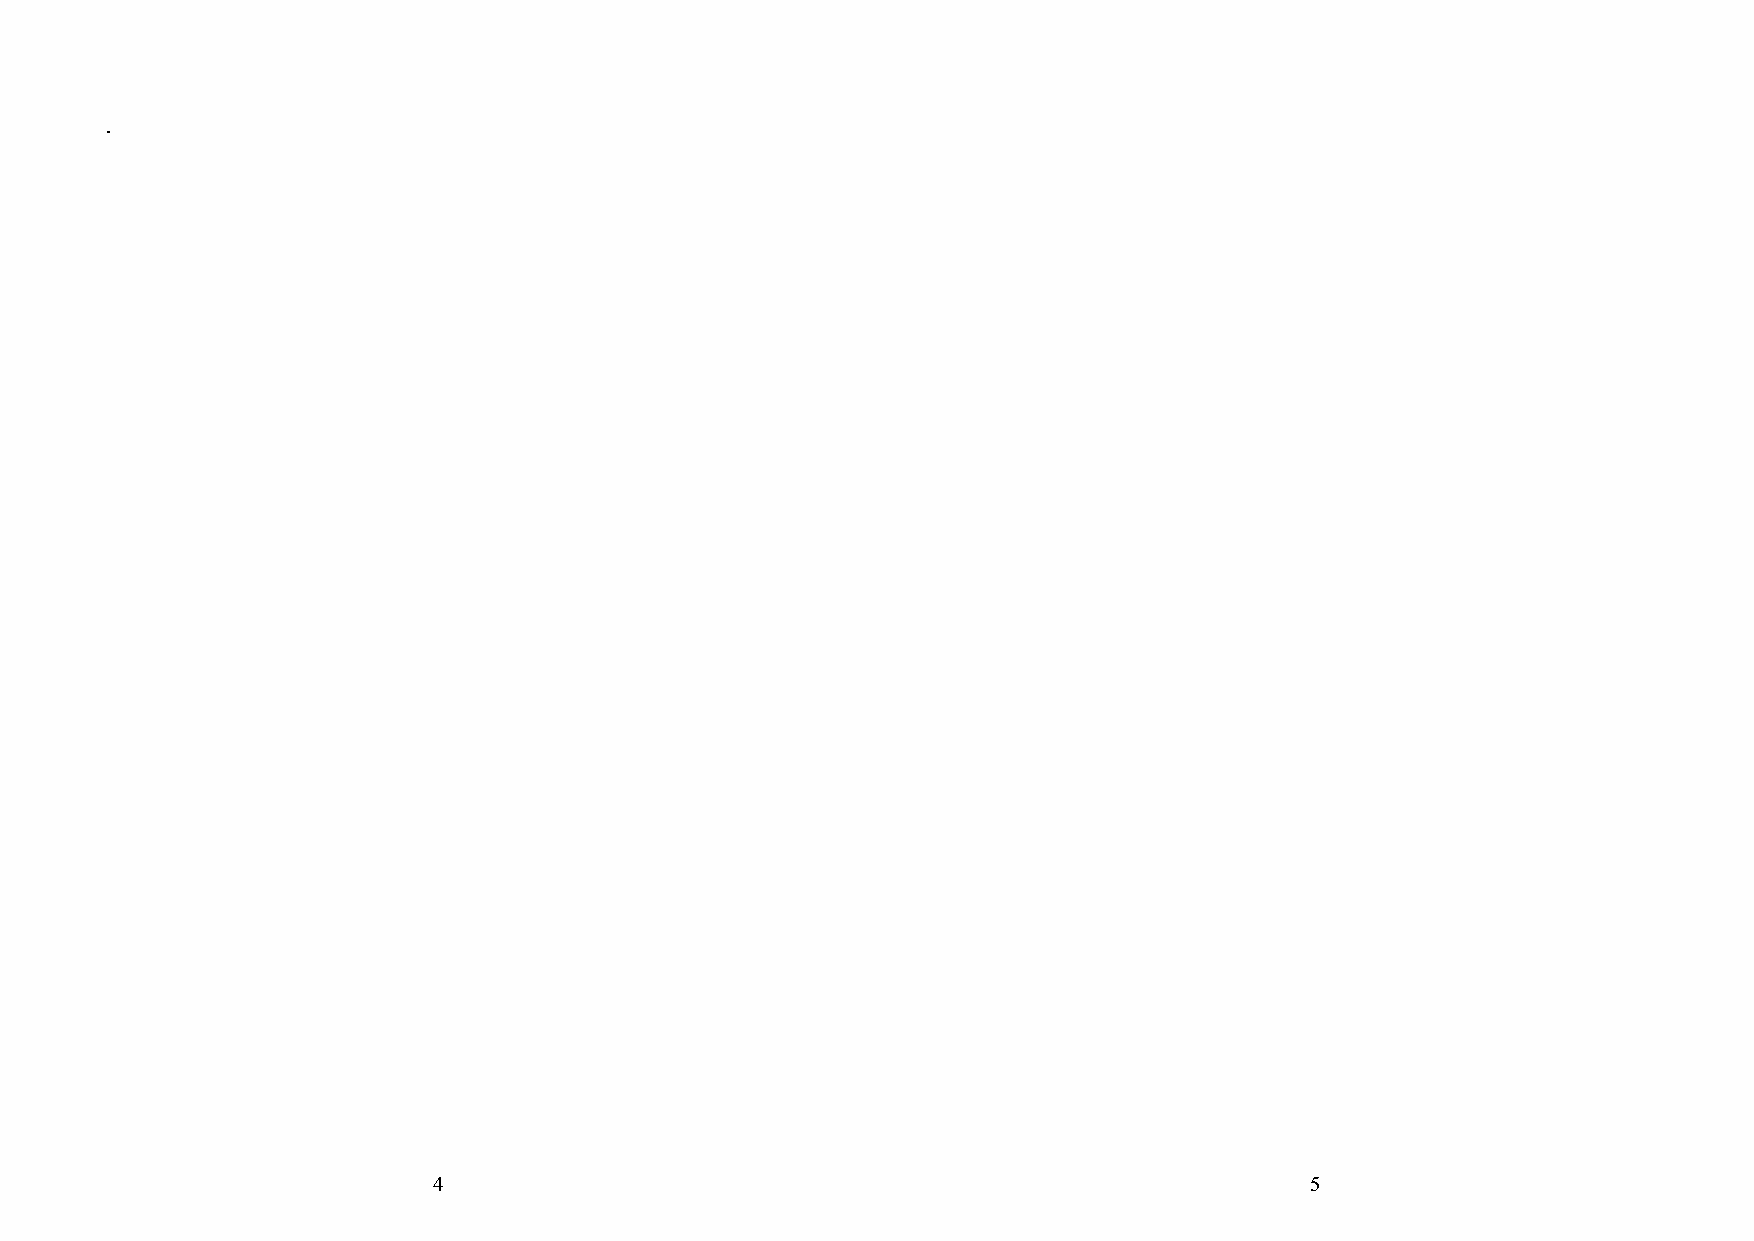
.
 4                                                         5